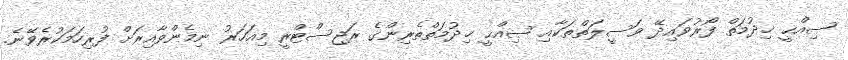
ޞިއްޙީ ޚިދުމަތް ފޯރުވައިދޭ ވަސީލަތްތަކާއި ޞިއްޙީ ޚިދުމަތްތެރިންގެ ރަޖިސްޓްރީ މިއަހަރު ނިމެންވާއިރަށް ފުރިހަމަކުރެވޭނެ.